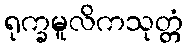
ရုက္ခမူလိကသုတ္တံ